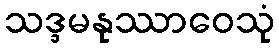
သဒ္ဒမနုဿာဝေသုံ